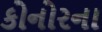
કોનોરના